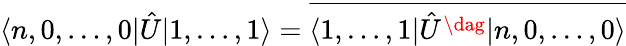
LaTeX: \langle n,0,\dots,0|\hat{U}|1,\dots,1\rangle=\overline{{\langle 1,\dots,1|\hat{U}^{\dag}|n,0,\dots,0\rangle}}